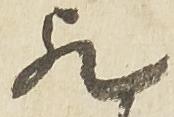
歟